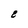
Character: 8